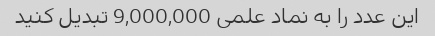
این عدد را به نماد علمی 9,000,000 تبدیل کنید